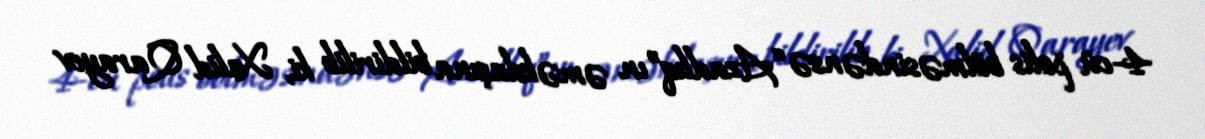
4-cü polis bölməsindənsə “Azadlıq”ın əməkdaşına bildirilib ki, Xalid Qarayev